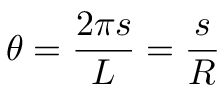
\displaystyle \theta = \frac { 2 \pi s } { L } = \frac { s } { R }